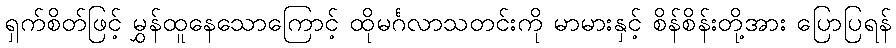
ရှက်စိတ်ဖြင့် မွှန်ထူနေသောကြောင့် ထိုမင်္ဂလာသတင်းကို မာမားနှင့် စိန်စိန်းတို့အား ပြောပြရန်